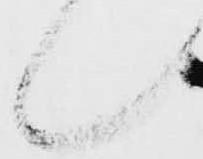
候